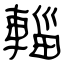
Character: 輜